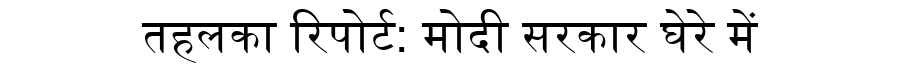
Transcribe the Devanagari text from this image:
तहलका रिपोर्ट: मोदी सरकार घेरे में